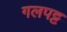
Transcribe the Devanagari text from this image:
गलपट्ट